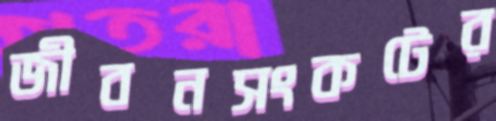
জীবনসংকটের